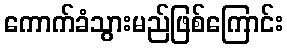
ကောက်ခံသွားမည်ဖြစ်ကြောင်း